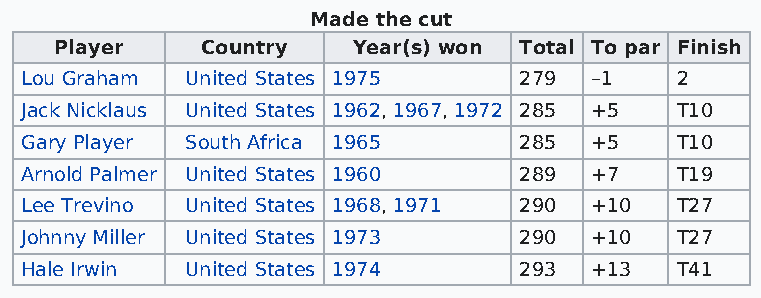
Made the cut
 Player   Country   Year(s) won Total To par Finish
 Lou Graham United States 1975    279  –1    2
 Jack Nicklaus United States 1962, 1967, 1972 285 +5 T10
 Gary Player South Africa 1965    285  +5    T10
 Arnold Palmer United States 1960 289  +7    T19
 Lee Trevino United States 1968, 1971 290 +10 T27
 Johnny Miller United States 1973 290  +10   T27
 Hale Irwin United States 1974    293  +13   T41